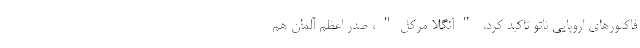
فاکتورهای اروپایی ناتو تاکید کرد. "آنگلا مرکل"، صدر اعظم آلمان هم